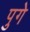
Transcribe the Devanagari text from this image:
पुगे